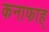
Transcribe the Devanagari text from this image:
कनाफाह्